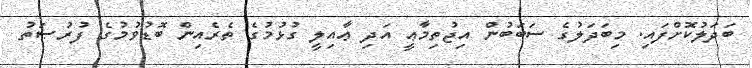
ބަދަލުކޮށްފައި. މިބަދަލުގެ ސަބަބުން އިޖުތިމާޢީ އަދި ޢާއިލީ ގުޅުމުގެ ތެރެއިން ބޮޑުވުމުގެ ފުރުޞަތު